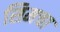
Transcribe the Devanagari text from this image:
सिमचा